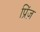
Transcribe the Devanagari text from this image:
प्रिंज़